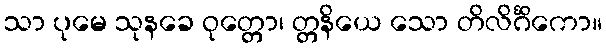
သာ ပုမေ သုနခေ ဝုတ္တော၊ တ္တနိယေ သော တိလိင်္ဂိကော။